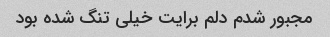
مجبور شدم دلم برایت خیلی تنگ شده بود